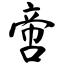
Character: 啻